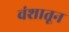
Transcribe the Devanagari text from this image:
वंशातून